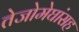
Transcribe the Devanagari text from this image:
तेजोमेघांसह